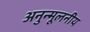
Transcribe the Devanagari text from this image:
अनुन्मूलनीय